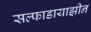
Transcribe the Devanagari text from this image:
सल्फाडायाझीन